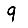
Digit: 9